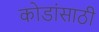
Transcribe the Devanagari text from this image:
कोडांसाठी